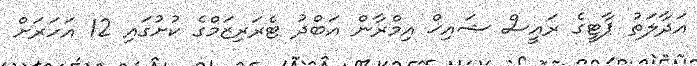
އަދާލަތު ޕާޓީގެ ރައީސް ޝައިޚް އިމްރާން އަބްދު ޓެރަރިޒަމްގެ ކުށުގައި 12 އަހަރަށް